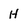
Character: H